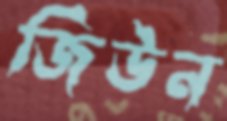
জিউন